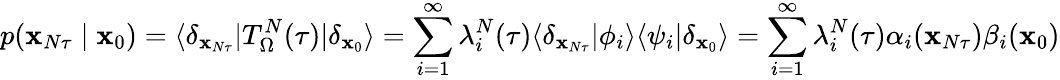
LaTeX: p(\mathbf{x}_{N\tau}\mid\mathbf{x}_{0})=\langle\delta_{\mathbf{x}_{N\tau}}|T_{\Omega}^{N}(\tau)|\delta_{\mathbf{x}_{0}}\rangle=\sum_{i=1}^{\infty}\lambda_{i}^{N}(\tau)\langle\delta_{\mathbf{x}_{N\tau}}|\phi_{i}\rangle\langle\psi_{i}|\delta_{\mathbf{x}_{0}}\rangle=\sum_{i=1}^{\infty}\lambda_{i}^{N}(\tau)\alpha_{i}(\mathbf{x}_{N\tau})\beta_{i}(\mathbf{x}_{0})